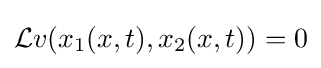
{\mathcal {L}}v(x_{1}(x,t),x_{2}(x,t))=0